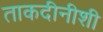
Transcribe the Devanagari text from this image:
ताकदीनीशी